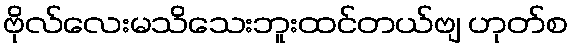
ဗိုလ်လေးမသိသေးဘူးထင်တယ်ဗျ ဟုတ်စ